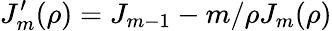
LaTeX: J_{m}^{\prime}(\rho)=J_{m-1}-m/\rho J_{m}(\rho)